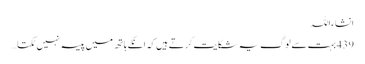
انشاءاللہ
439 بہت سے لوگ یہ شکایت کرتے ہیں کہ انکے ہاتھ میں پیسہ نہیں ٹکتا …